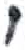
אות: י